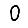
Digit: 0